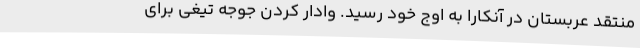
منتقد عربستان در آنکارا به اوج خود رسید. وادار کردن جوجه تیغی برای